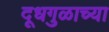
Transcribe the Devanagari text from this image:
दूधगुळाच्या